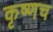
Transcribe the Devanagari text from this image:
कृष्णच